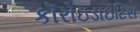
કૉરોઇડાઇટિસ